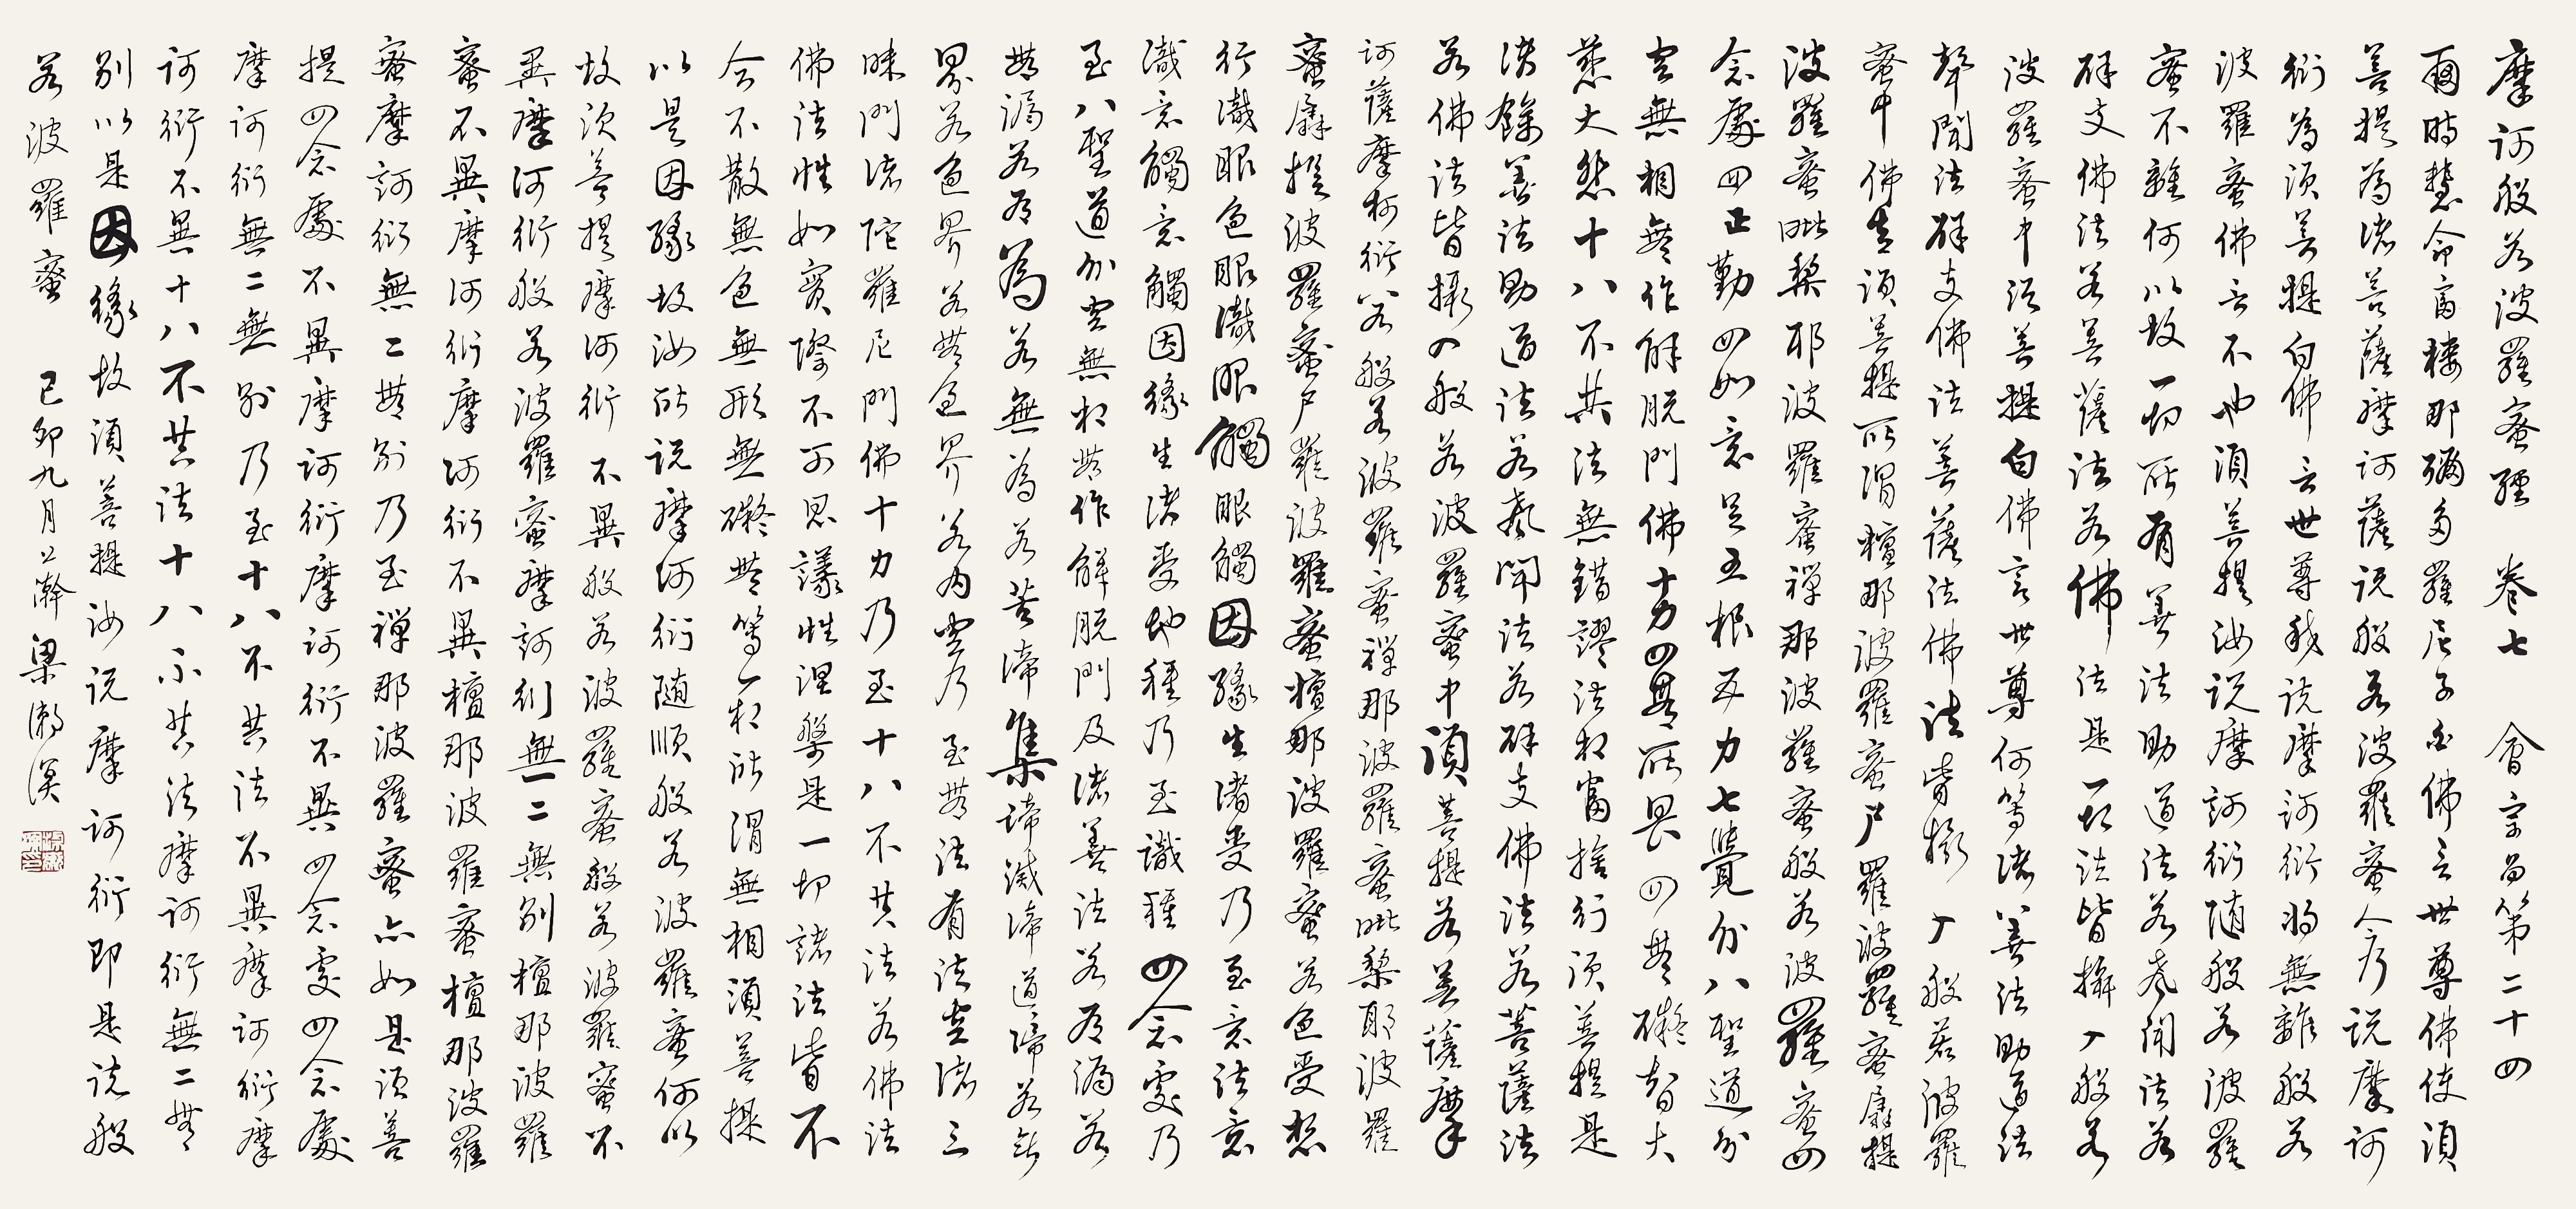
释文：摩诃般若波罗蜜经卷七，会宗品第二十四：尔时，慧命富楼那弥多罗尼子白佛言：“世尊，佛使须菩提为诸菩萨摩诃萨说般若波罗蜜，今乃说摩诃衍为。”须菩提白佛言：“世尊，我说摩诃衍，将无离般若波罗蜜?”佛言：“不也，须菩提。汝说摩诃衍，随般若波罗蜜不离。何以故?一切所有善法、助道法、若声闻法、若辟支佛法、若菩萨法、若佛法，是一切法皆摄入般若波罗蜜中。”须菩提白佛言：“世尊，何等诸善法、助道法、声闻法、辟支佛法、菩萨法、佛法，皆摄入般若波罗蜜中?”佛告须菩提：“所谓檀那波罗蜜、尸罗波罗蜜、羼提波罗蜜、毗梨耶波罗蜜、禅那波罗蜜、般若波罗蜜，四念处、四正勤、四如意足、五根、五力、七觉分、八圣道分，空、无相、无作解脱门，佛十力、四无所畏、四无碍智、大慈大悲、十八不共法、无错谬法相、常舍行。须菩提，是诸余善法、助道法、若声闻法、若辟支佛法、若菩萨法、若佛法，皆摄入般若波罗蜜中。“须菩提，若菩萨摩诃萨摩诃衍，若般若波罗蜜、禅那波罗蜜、毗梨耶波罗蜜、羼提波罗蜜、尸罗波罗蜜、檀那波罗蜜，若色、受、想、行、识、眼色、眼识、眼触、眼触因缘生诸受乃至意法、意识、意触、意触因缘生诸受、地种乃至识种、四念处乃至八圣道分、空无相无作解脱门及诸善法，若有漏若无漏，若有为若无为，若苦谛、集谛、灭谛、道谛，若欲界、若色界、若无色界，若内空乃至无法有法空，诸三昧门，诸陀罗尼门，佛十力乃至十八不共法，若佛法、佛法性、如实际、不可思议性、涅槃——是一切诸法皆不合不散，无色、无形、无对、无碍、无等、一相，所谓无相。“须菩提，以是因缘故，汝所说摩诃衍随顺般若波罗蜜。何以故?须菩提，摩诃衍不异般若波罗蜜，般若波罗蜜不异摩诃衍，般若波罗蜜、摩诃衍无二无别；檀那波罗蜜不异摩诃衍，摩诃衍不异檀那波罗蜜，檀那波罗蜜、摩诃衍无二无别；乃至禅那波罗蜜亦如是。须菩提，四念处不异摩诃衍，摩诃衍不异四念处，四念处摩诃衍无二无别，乃至十八不共法不异摩诃衍，摩诃衍不异十八不共法，十八不共法、摩诃衍无二无别。以是因缘故，须菩提，汝说摩诃衍即是说般若波罗蜜。”己卯九月上澣，梁漱溟。